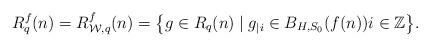
LaTeX: \begin{align*} R_q^f(n) = R_{\mathcal{W},q}^f(n) =\big\{ g \in R_q(n) \mid g_{|i} \in B_{H,S_0}(f(n)) i \in \mathbb{Z} \big\}. \end{align*}